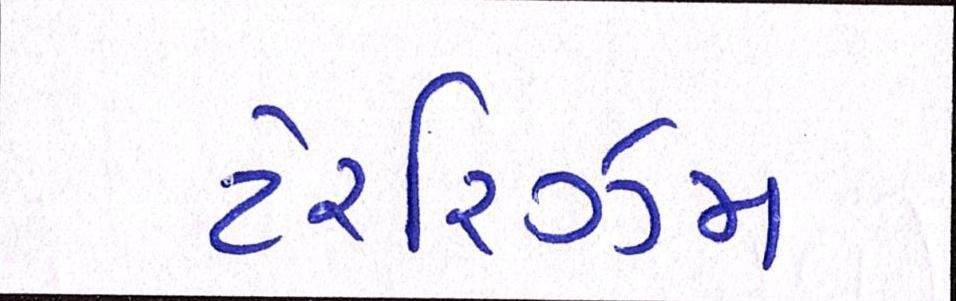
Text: ટેરરિઝમ